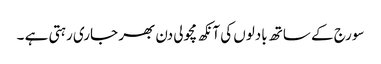
سورج کے ساتھ بادلوں کی آنکھ مچولی دن بھر جاری رہتی ہے ۔